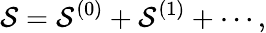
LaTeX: \mathcal{S}=\mathcal{S}^{(0)}+\mathcal{S}^{(1)}+\cdots,